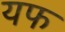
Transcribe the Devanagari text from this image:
यफ